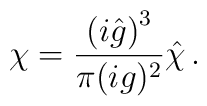
\chi=\frac{\left( i{\hat g} \right)^3}{\pi (ig)^2}{\hat{\chi}}\, .